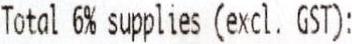
TOTAL 6% SUPPLIES (EXCL. GST):